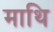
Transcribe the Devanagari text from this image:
माथि